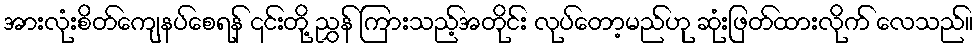
အားလုံးစိတ်ကျေနပ်စေရန် ၎င်းတို့ ညွှန် ကြားသည့်အတိုင်း လုပ်တော့မည်ဟု ဆုံးဖြတ်ထားလိုက် လေသည်။